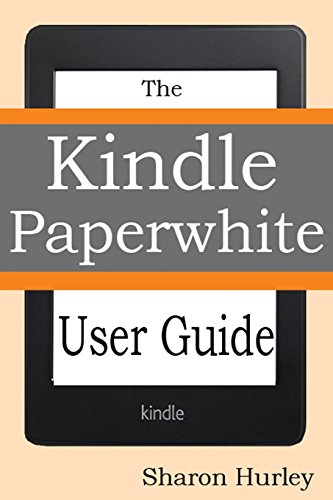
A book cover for Kindle Paperwhite User Guide: The Best Paperwhite Manual To Master Your Device; Sharon Hurley; Computers & Technology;